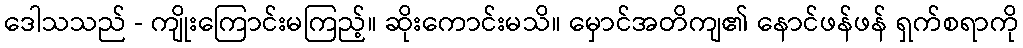
ဒေါသသည် - ကျိုးကြောင်းမကြည့်။ ဆိုးကောင်းမသိ။ မှောင်အတိကျ၏ နောင်ဖန်ဖန် ရှက်စရာကို